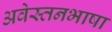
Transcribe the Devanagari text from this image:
अवेस्तनभाषा